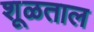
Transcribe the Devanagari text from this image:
शूळताल